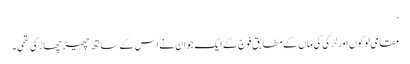
‘
مقامی لوگوں اور لڑکی کی ماں کے مطابق فوج کے ایک جوان نے اس کے ساتھ چھیڑ چھاڑ کی تھی۔